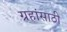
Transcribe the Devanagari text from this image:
ग्रहांसाठी